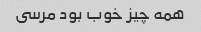
همه چیز خوب بود مرسى